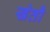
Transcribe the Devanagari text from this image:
खेतौ